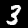
Digit: 3